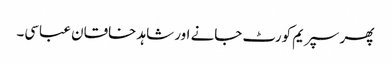
پھر سپریم کورٹ جانے اور شاہد خاقان عباسی۔